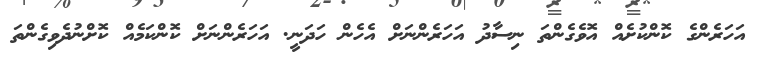
އަހަރެންގެ ކޮންކުށެއް އޮވެގެންތަ ނިސާދު އަހަރެންނަށް އެހެން ހަދަނީ. އަހަރެންނަށް ކޮންކަމެއް ކޮށްނުދެވިގެންތަ